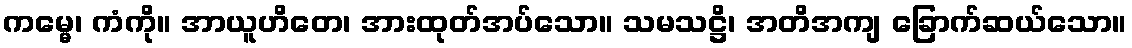
ကမ္မေ၊ ကံကို။ အာယူဟိတေ၊ အားထုတ်အပ်သော။ သမသဋ္ဌိ၊ အတိအကျ ခြောက်ဆယ်သော။